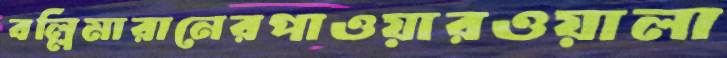
বল্লিমারানেরপাওয়ারওয়ালা